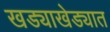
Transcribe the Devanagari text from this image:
खड्याखेड्यात